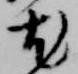
尤